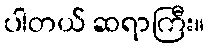
ပါတယ် ဆရာကြီး။